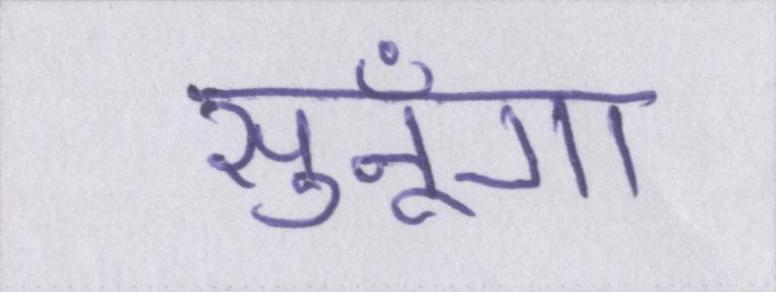
सुनूँगा।